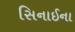
સિનાઈના